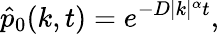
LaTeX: \hat{p}_{0}(k,t)=e^{-D|k|^{\alpha}t},